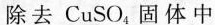
除去CuSo_{4}固体中